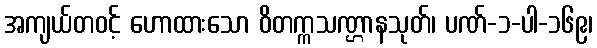
အကျယ်တဝင့် ဟောထားသော ဝိတက္ကသဏ္ဌာနသုတ်၊ ပဏ်-၁-ပါ-၁၆၉၊